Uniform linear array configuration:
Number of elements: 12
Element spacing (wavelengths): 0.25
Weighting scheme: binomial
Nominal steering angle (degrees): -30
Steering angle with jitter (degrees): -31.16
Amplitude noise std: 0.05
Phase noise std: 0.05

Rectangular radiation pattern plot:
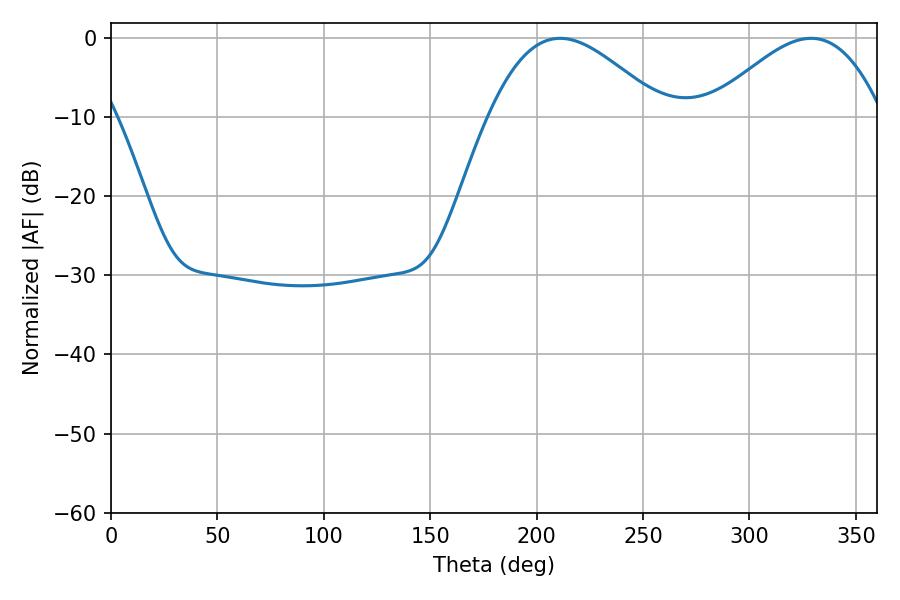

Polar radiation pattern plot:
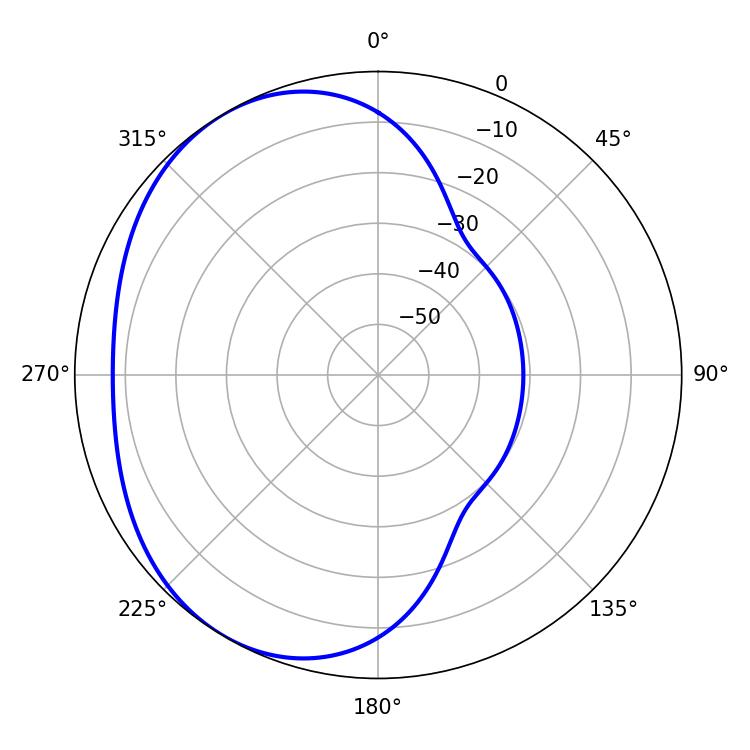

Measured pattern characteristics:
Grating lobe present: FALSE
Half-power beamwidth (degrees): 43.92
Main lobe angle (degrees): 210.96